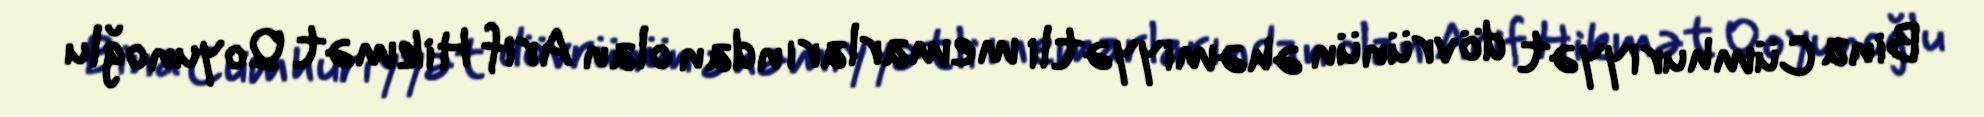
Bina Cümhuriyyət dövrünün əhəmiyyətli memarlarından olan Arif Hikmət Qoyunoğlu